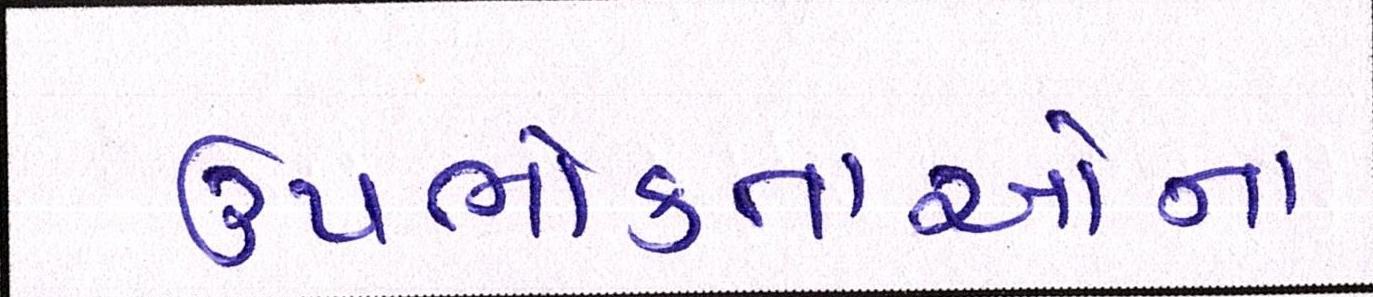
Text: ઉપભોક્તાઓના